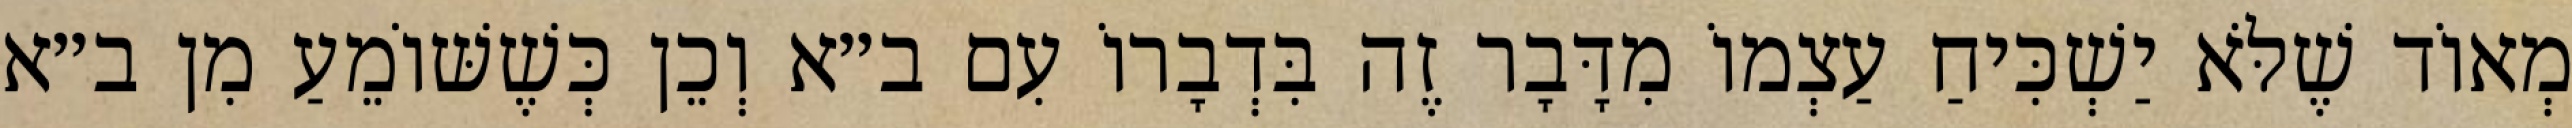
מְאוֹד שֶׁלֹּא יַשְׁכִּיחַ עַצְמוֹ מִדָּבָר זֶה בִּדְבָרוֹ עִם ב״א וְכֵן כְּשֶׁשּׁוֹמֵעַ מִן ב״א